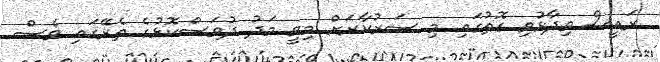
ރައީސް ވިދާޅުވި ގޮތުގައި މި ސަރުކާރަށް މިވީ މަދު ދުވަސްކޮޅުގެ ތެރޭގައި ވެސް